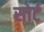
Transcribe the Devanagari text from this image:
सोर्ट